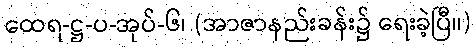
ထေရ-ဋ္ဌ-ပ-အုပ်-၆၊ (အာဇာနည်းခန်း၌ ရေးခဲ့ပြီ။)